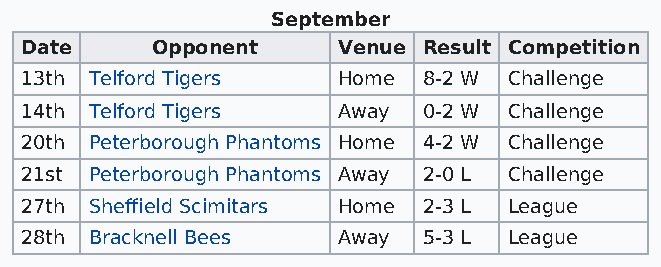
September
 Date     Opponent    Venue Result Competition
 13th Telford Tigers  Home  8-2 W Challenge
 14th Telford Tigers  Away  0-2 W Challenge
 20th Peterborough Phantoms Home 4-2 W Challenge
 21st Peterborough Phantoms Away 2-0 L Challenge
 27th Sheffield Scimitars Home 2-3 L League
 28th Bracknell Bees  Away  5-3 L League